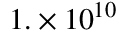
1 . \times 1 0 ^ { 1 0 }